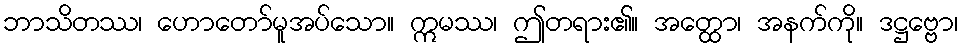
ဘာသိတဿ၊ ဟောတော်မူအပ်သော။ ဣမဿ၊ ဤတရား၏။ အတ္ထော၊ အနက်ကို။ ဒဋ္ဌဗ္ဗော၊